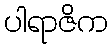
ပါရာဇိက